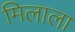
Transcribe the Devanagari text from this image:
मिलाला